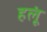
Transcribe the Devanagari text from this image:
हलूं